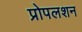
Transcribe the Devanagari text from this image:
प्रोपलशन